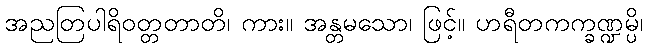
အညတြပါရိဝတ္တတာတိ၊ ကား။ အန္တမသော၊ ဖြင့်။ ဟရီတကက္ခဏ္ဍမ္ပိ၊